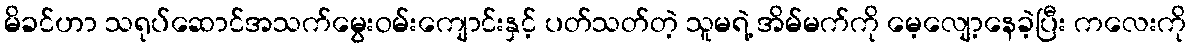
မိခင်ဟာ သရုပ်ဆောင်အသက်မွေးဝမ်းကျောင်းနှင့် ပတ်သတ်တဲ့ သူမရဲ့ အိမ်မက်ကို မေ့လျော့နေခဲ့ပြီး ကလေးကို